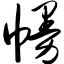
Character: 幔